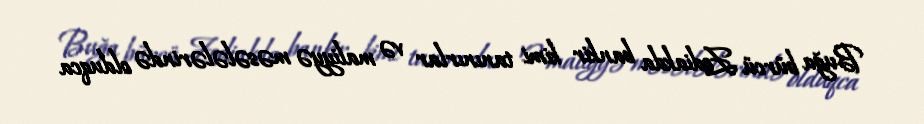
Buğa bürcü Zodiakda bankir kimi tanınırlar və maliyyə məsələlərində olduqca